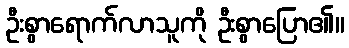
ဦးစွာရောက်လာသူကို ဦးစွာပြော၏။